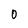
Character: 0